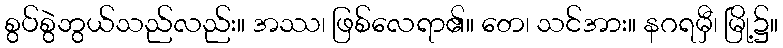
စွပ်စွဲဘွယ်သည်လည်း။ အဿ၊ ဖြစ်လေရာ၏။ တေ၊ သင်အား။ နဂရမှီ၊ မြို့၌။